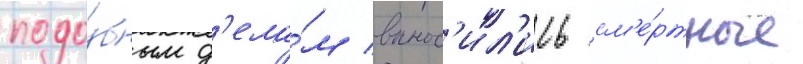
подо́бным д'ела́м вынос'ил'ись см'е́ртные